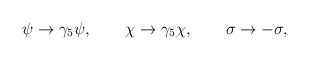
\begin{align*}\psi \rightarrow \gamma _{5}\psi ,\qquad \chi \rightarrow \gamma _{5}\chi,\qquad \sigma \rightarrow -\sigma ,\end{align*}